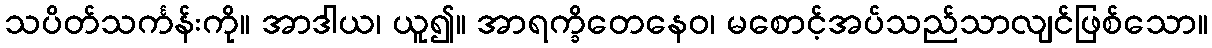
သပိတ်သင်္ကန်းကို။ အာဒါယ၊ ယူ၍။ အာရက္ခိတေနေဝ၊ မစောင့်အပ်သည်သာလျင်ဖြစ်သော။